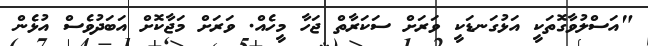
"އަސްލުވާގޮތަކީ އަޅުގަނޑަކީ ވަރަށް ސަކަރާތް ޖަހާ މީހެއް. ވަރަށް މަޖާކޮށް އަބަދުވެސް އުޅެން